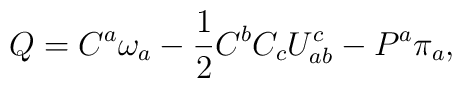
Q = C^a\omega_a - {1\over 2}C^bC_cU^c_{ab} - P^a\pi_a,